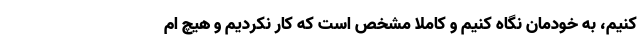
کنیم، به خودمان نگاه کنیم و کاملا مشخص است که کار نکردیم و هیچ ام